Document type: Sale
Year: 1235
Scribe: Pere de Bages
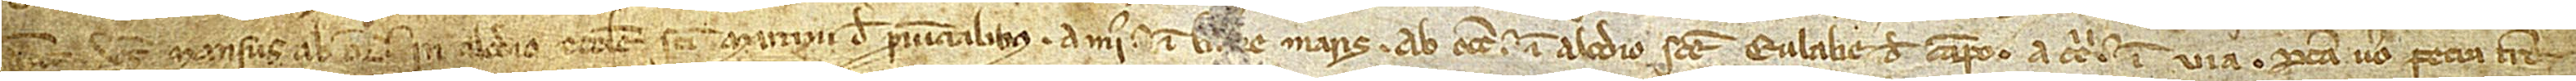
[autem] dictus mansus ab oriente in alodio ecclesie Sancti Martini de Provincialibus; a meridie in l[itto]re maris; ab occiduo in alodio Sancte Eulalie de Campo; a circio in via. Predicta vero pecia terre